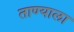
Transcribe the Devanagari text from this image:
ताण्याला